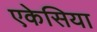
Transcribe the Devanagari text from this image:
एकेसिया